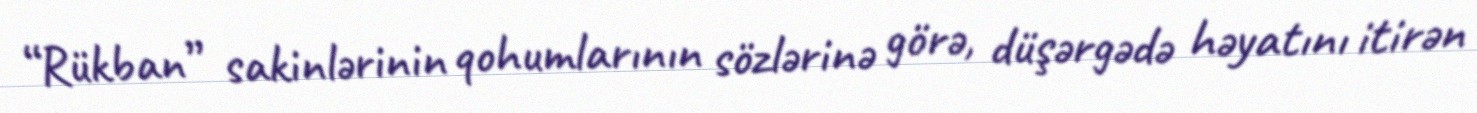
“Rükban” sakinlərinin qohumlarının sözlərinə görə, düşərgədə həyatını itirən